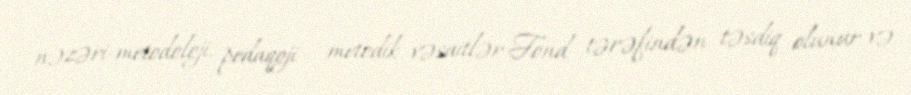
nəzəri-metodoloji, pedaqoji – metodik vəsaitlər Fond tərəfindən təsdiq olunur və